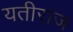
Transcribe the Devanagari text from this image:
यतीराज